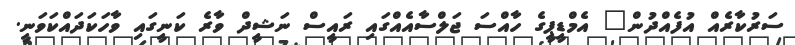
ސަރުކާރެއް އުފެއްދުން" އެމްޑީޕީގެ ހާއްސަ ޖަލްސާއެއްގައި ރައީސް ނަޝީދް ވާރެ ކަނީގައި ވާހަކަދައްކަވަނީ.